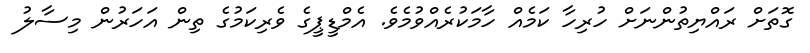
ގޮތަށް ރައްޔިތުންނަށް ހުރިހާ ކަމެއް ހާމަކުރެއްވުމެވެ. އެމްޑީޕީގެ ވެރިކަމުގެ ތިން އަހަރުން މިސާލު